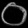
Digit: ၀